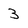
Character: 3